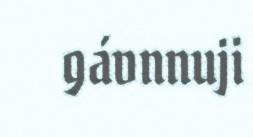
gávnnuji